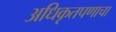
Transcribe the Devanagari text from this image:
अधिकृतपणाचा